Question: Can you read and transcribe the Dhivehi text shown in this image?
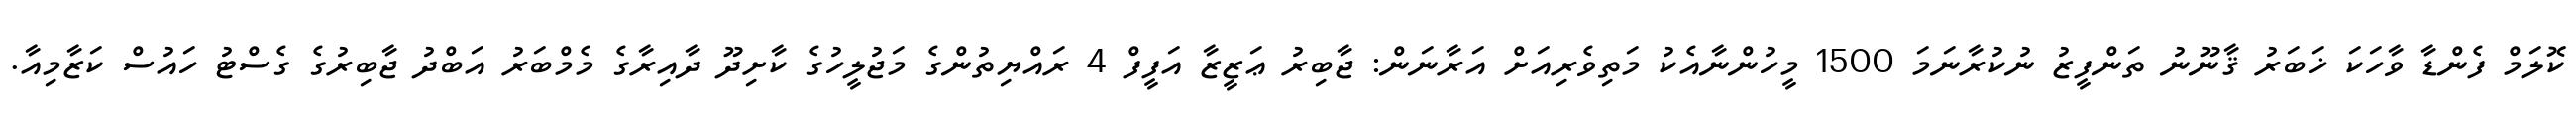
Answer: ކޮލަމް ފެންޑާ ވާހަކަ ޚަބަރު ޤާނޫނު ތަންފީޒު ނުކުރާނަމަ 1500 މީހުންނާއެކު މަތިވެރިއަށް އަރާނަން: ޖާބިރު ޢަޒީޒާ އަފީފް 4 ރައްޔިތުންގެ މަޖުލީހުގެ ކާށިދޫ ދާއިރާގެ މެމްބަރު އަބްދު ޖާބިރުގެ ގެސްޓު ހައުސް ކަޒާމިއާ.